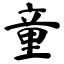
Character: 童